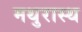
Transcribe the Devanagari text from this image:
मथुरास्थ